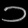
Digit: ၁